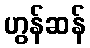
ဟွန်ဆန်